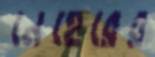
নেহেরের